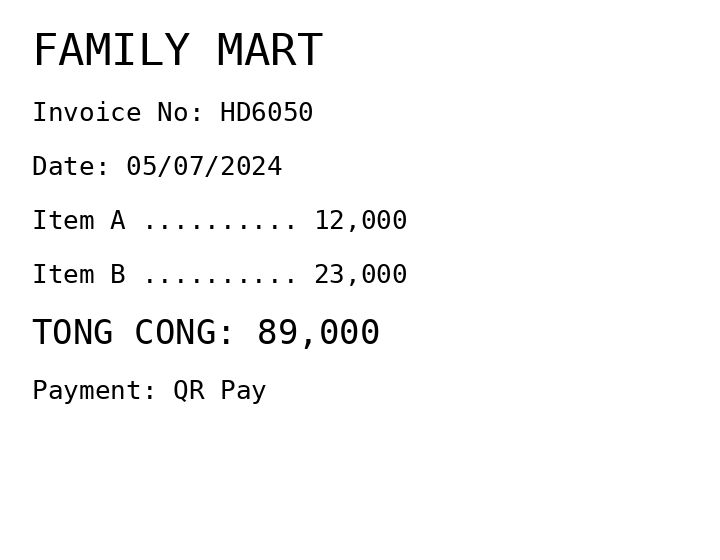
FAMILY MART
Invoice No: HD6050
Date: 05/07/2024
Item A .......... 12,000
Item B .......... 23,000
TONG CONG: 89,000
Payment: QR Pay
Merchant: family mart
Date: 2024-07-05
Total: 89000
Invoice No: HD6050
Payment method: QR